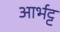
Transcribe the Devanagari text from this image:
आर्भट्ट